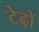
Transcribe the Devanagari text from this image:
टेढ़ों